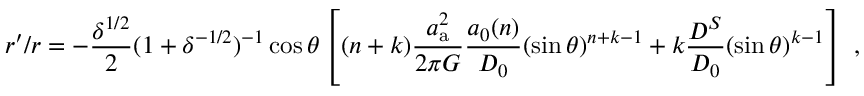
r ^ { \prime } / r = - \frac { \delta ^ { 1 / 2 } } { 2 } ( 1 + \delta ^ { - 1 / 2 } ) ^ { - 1 } \cos \theta \left[ ( n + k ) \frac { a _ { \mathrm { a } } ^ { 2 } } { 2 \pi G } \frac { a _ { 0 } ( n ) } { D _ { 0 } } ( \sin \theta ) ^ { n + k - 1 } + k \frac { D ^ { S } } { D _ { 0 } } ( \sin \theta ) ^ { k - 1 } \right] \ ,